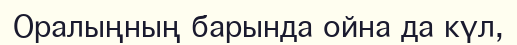
Оралыңның барында ойна да күл,